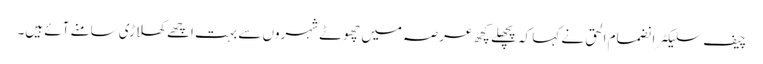
چیف سلیکٹر انضمام الحق نے کہا کہ پچھلے کچھ عرصہ میں چھوٹے شہروں سے بہت اچھے کھلاڑی سامنے آئے ہیں۔